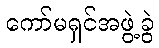
ကော်မရှင်အဖွဲ့ခွဲ